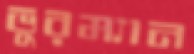
ভুরম্যান